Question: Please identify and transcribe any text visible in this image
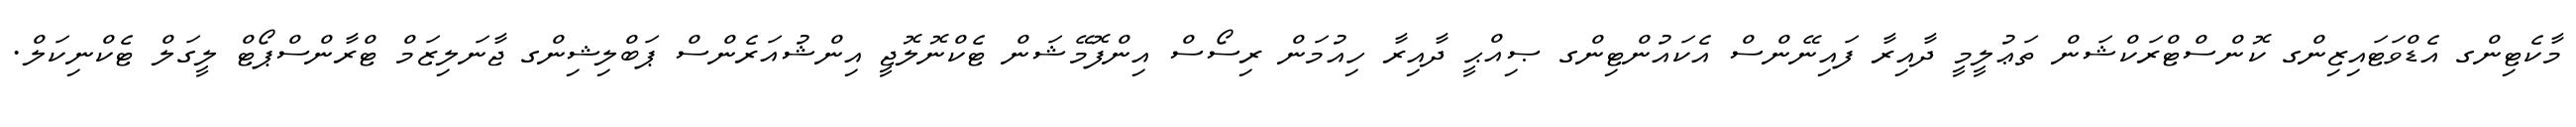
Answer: މާކެޓިންގ އެޑްވަޓައިޒިންގ ކޮންސްޓްރަކްޝަން ތަޢުލީމީ ދާއިރާ ފައިނޭންސް އެކައުންޓިންގ ޞިއްޙީ ދާއިރާ ހިއުމަން ރިސޯސް އިންފޮމޭޝަން ޓެކްނޮލޮޖީ އިންޝުއަރެންސް ޕަބްލިޝިންގ ޖާނަލިޒަމް ޓްރާންސްޕޯޓް ލީގަލް ޓެކްނިކަލް.